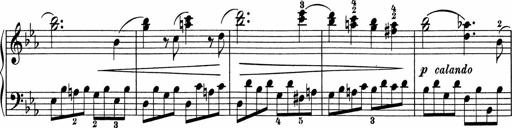
Title: 5 Sonatinen fÃ¼r die Jugend
Composer: Carl Reinecke